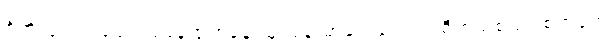
စိတ်လှုပ်ရှားပျော်ရွှင်နေရာကနေ သူ့ကျန်းမာရေးကြောင့် စိတ်ညစ်ညူးစရာတွေ